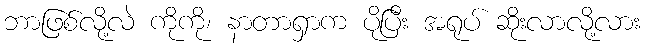
ဘာဖြစ်လို့လဲ ကိုကို၊ နာတာရှာက ပိုပြီး အရုပ် ဆိုးလာလို့လား